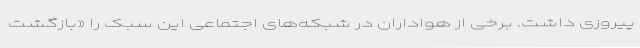
پیروزی داشت. برخی از هواداران در شبکه‌های اجتماعی این سبک را «بازگشت